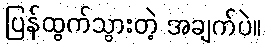
ပြန်ထွက်သွားတဲ့ အချက်ပဲ။